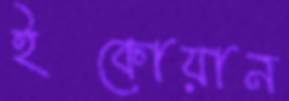
ইকোয়ান